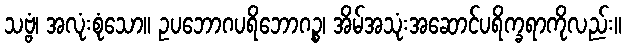
သဗ္ဗံ၊ အလုံးစုံသော။ ဥပဘောဂပရိဘောဂဉ္စ၊ အိမ်အသုံးအဆောင်ပရိက္ခရာကိုလည်း။